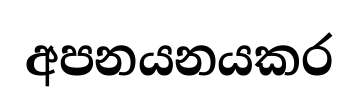
අපනයනයකර